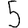
Digit: 5